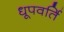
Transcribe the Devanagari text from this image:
धूपवर्ति